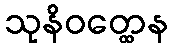
သုနိဝတ္ထေန